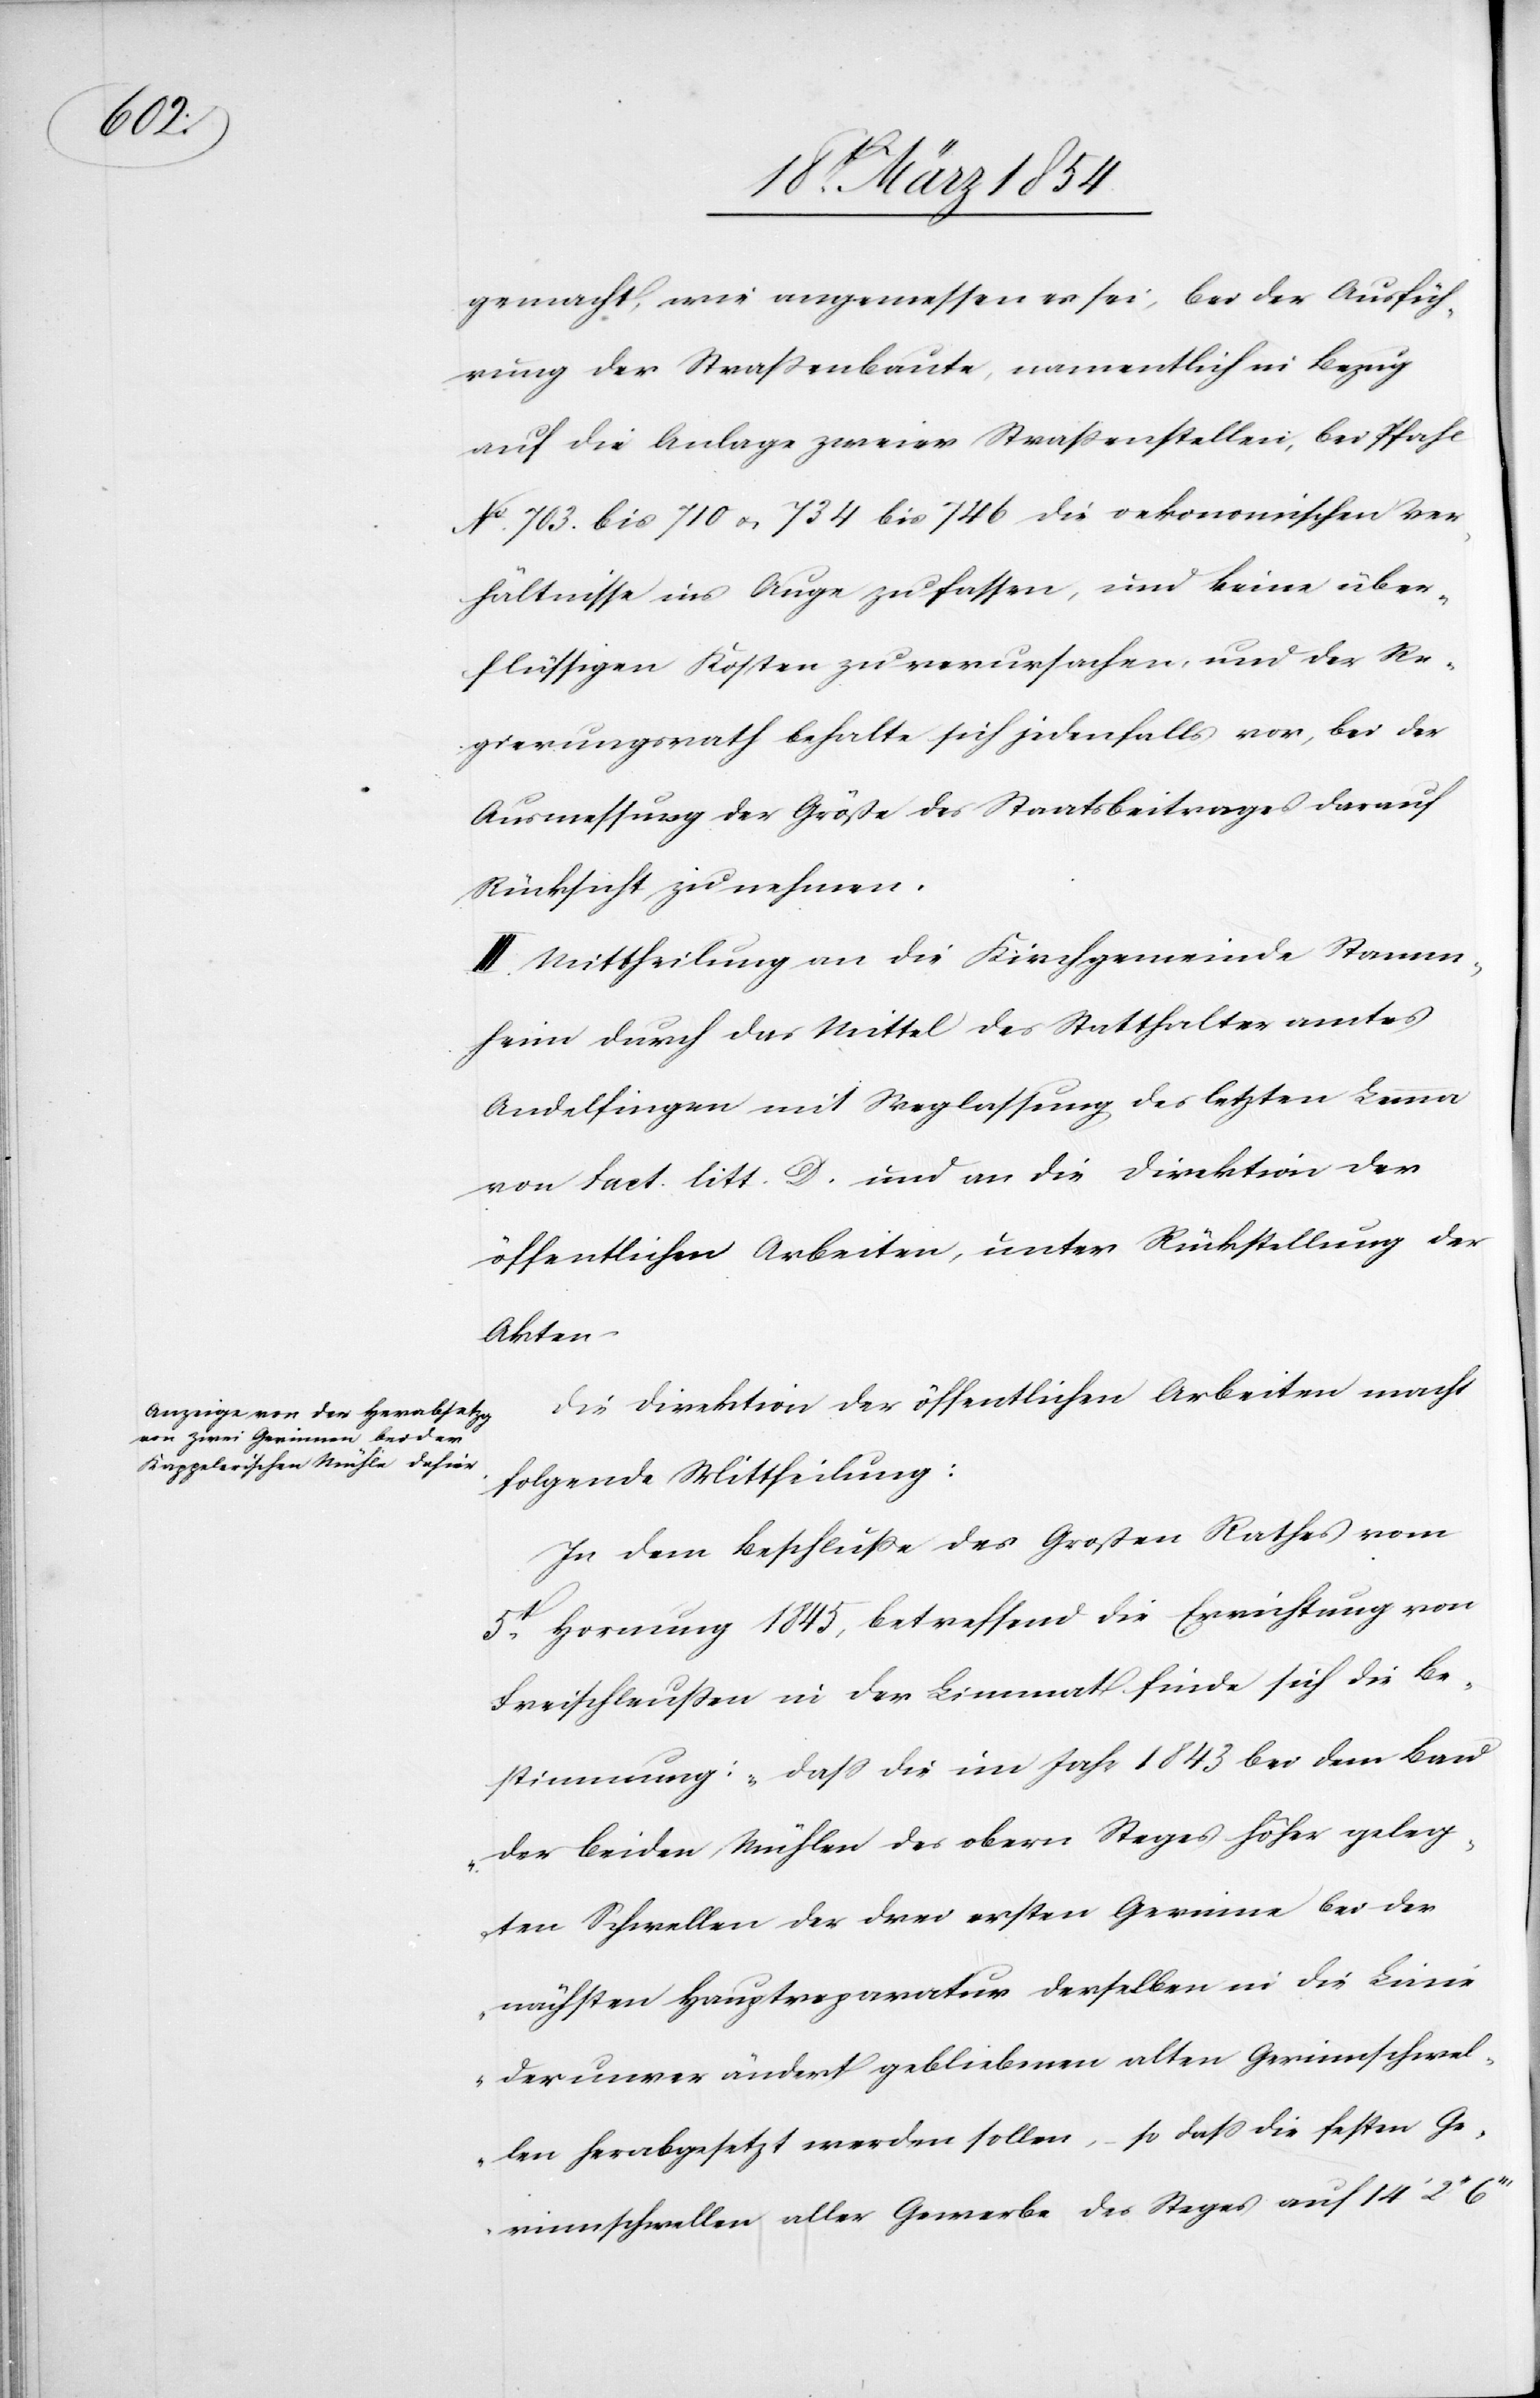
gemacht, wie angemessen es sei, bei der Ausfüh¬
rung der Straßenbaute, namentlich in Bezug
auf die Anlage zweier Straßenstellen, bei Pfahl
No 703. bis 710 u. 734 bis 746 die oekonomischen Ver¬
hältnisse ins Auge zu fassen, und keine über¬
flüssigen Kosten zu verursachen, und der Re¬
gierungsrath behalte sich jedenfalls vor, bei der
Ausmessung der Größe des Staatsbeitrages darauf
Rücksicht zu nehmen.
III. Mittheilung an die Kirchgemeinde Stamm¬
heim durch das Mittel des Statthalteramtes
Andelfingen mit Weglassung des letzten Lemma
von Fact. litt. D. und an die Direktion der
öffentlichen Arbeiten, unter Rückstellung der
Akten.
Die Direktion der öffentlichen Arbeiten macht
folgende Mittheilung:
In dem Beschluße des Großen Rathes vom
5t Hornung 1845, betreffend die Errichtung von
Freischleußen in der Limmat finde sich die Be¬
stimmung: „daß die im Jahr 1843 bei dem Bau
der beiden Mühlen des obern Steges höher geleg¬
ten Schwellen der drei ersten Gerinne bei der
nächsten Hauptreparatur derselben in die Linie
der unverändert gebliebenen alten Gerinnschwel¬
len herabgesetzt werden sollen,- so daß die festen Ge¬
rinnschwellen aller Gewerbe des Steges auf 14‘ 2‘‘